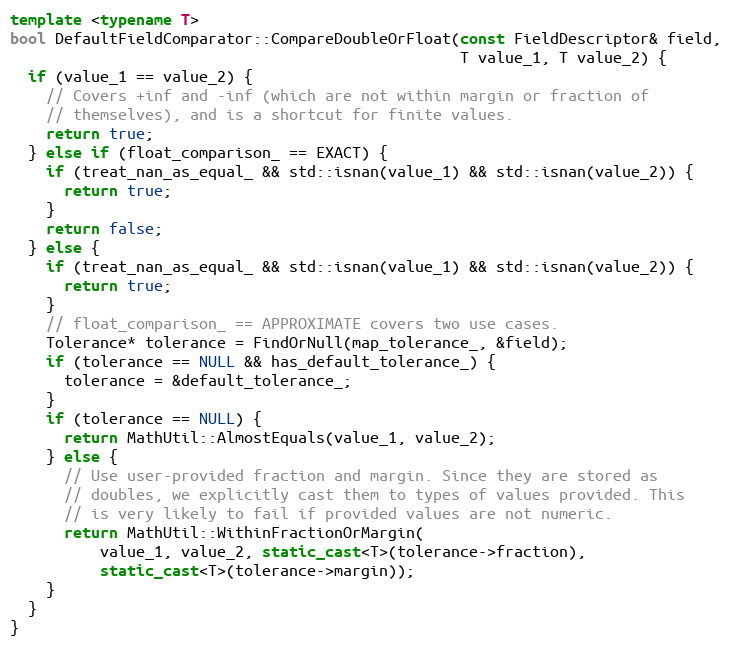
Language: C++
template <typename T>
bool DefaultFieldComparator::CompareDoubleOrFloat(const FieldDescriptor& field,
                                                  T value_1, T value_2) {
  if (value_1 == value_2) {
    // Covers +inf and -inf (which are not within margin or fraction of
    // themselves), and is a shortcut for finite values.
    return true;
  } else if (float_comparison_ == EXACT) {
    if (treat_nan_as_equal_ && std::isnan(value_1) && std::isnan(value_2)) {
      return true;
    }
    return false;
  } else {
    if (treat_nan_as_equal_ && std::isnan(value_1) && std::isnan(value_2)) {
      return true;
    }
    // float_comparison_ == APPROXIMATE covers two use cases.
    Tolerance* tolerance = FindOrNull(map_tolerance_, &field);
    if (tolerance == NULL && has_default_tolerance_) {
      tolerance = &default_tolerance_;
    }
    if (tolerance == NULL) {
      return MathUtil::AlmostEquals(value_1, value_2);
    } else {
      // Use user-provided fraction and margin. Since they are stored as
      // doubles, we explicitly cast them to types of values provided. This
      // is very likely to fail if provided values are not numeric.
      return MathUtil::WithinFractionOrMargin(
          value_1, value_2, static_cast<T>(tolerance->fraction),
          static_cast<T>(tolerance->margin));
    }
  }
}